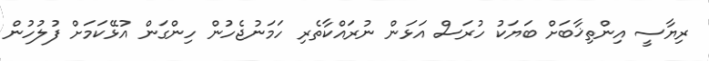
ރިޔާސީ އިންތިޚާބަށް ބަޔަކު ހުރަސް އަޅަން ނުރައްކާތެރި ހަމަނުޖެހުން ހިންގަން އުޅޭކަމަށް ފުލުހުން